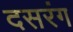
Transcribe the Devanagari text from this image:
दसरंग